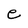
Character: e